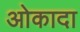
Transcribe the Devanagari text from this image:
ओकादा